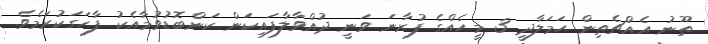
ތޫނު އެއްޗެތިން ޙަމަލާދީ 3 މީހެއްގެ ފުރާނަ ވަނީ ދުއްވާލާފައިކަން ކަންބޮޑުވުމާއެކު ފާހަގަކުރަމެވެ.